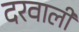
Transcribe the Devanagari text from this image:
दरवाली